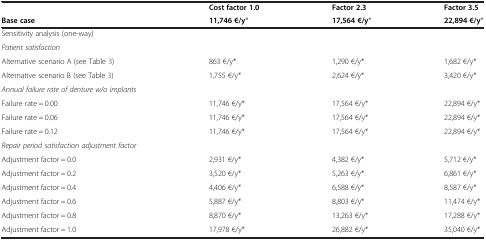
<table><thead><tr><td><b> </b></td><td><b>Cost factor 1.0</b></td><td><b>Factor 2.3</b></td><td><b>Factor 3.5</b></td></tr><tr><td><b>Base case</b></td><td><b>11,746 €/y*</b></td><td><b>17,564 €/y*</b></td><td><b>22,894 €/y*</b></td></tr></thead><tbody><tr><td>Sensitivity analysis (one-way)</td><td> </td><td> </td><td> </td></tr><tr><td><i>Patient satisfaction</i></td><td> </td><td> </td><td> </td></tr><tr><td>Alternative scenario A (see Table 3)</td><td>863 €/y*</td><td>1,290 €/y*</td><td>1,682 €/y*</td></tr><tr><td>Alternative scenario B (see Table 3)</td><td>1,755 €/y*</td><td>2,624 €/y*</td><td>3,420 €/y*</td></tr><tr><td><i>Annual failure rate of denture w/o implants</i></td><td> </td><td> </td><td> </td></tr><tr><td>Failure rate = 0.00</td><td>11,746 €/y*</td><td>17,564 €/y*</td><td>22,894 €/y*</td></tr><tr><td>Failure rate = 0.06</td><td>11,746 €/y*</td><td>17,564 €/y*</td><td>22,894 €/y*</td></tr><tr><td>Failure rate = 0.12</td><td>11,746 €/y*</td><td>17,564 €/y*</td><td>22,894 €/y*</td></tr><tr><td><i>Repair period satisfaction adjustment factor</i></td><td> </td><td> </td><td> </td></tr><tr><td>Adjustment factor = 0.0</td><td>2,931 €/y*</td><td>4,382 €/y*</td><td>5,712 €/y*</td></tr><tr><td>Adjustment factor = 0.2</td><td>3,520 €/y*</td><td>5,263 €/y*</td><td>6,861 €/y*</td></tr><tr><td>Adjustment factor = 0.4</td><td>4,406 €/y*</td><td>6,588 €/y*</td><td>8,587 €/y*</td></tr><tr><td>Adjustment factor = 0.6</td><td>5,887 €/y*</td><td>8,803 €/y*</td><td>11,474 €/y*</td></tr><tr><td>Adjustment factor = 0.8</td><td>8,870 €/y*</td><td>13,263 €/y*</td><td>17,288 €/y*</td></tr><tr><td>Adjustment factor = 1.0</td><td>17,978 €/y*</td><td>26,882 €/y*</td><td>35,040 €/y*</td></tr></tbody></table>